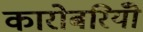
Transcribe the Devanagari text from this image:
कारोबरियोँ